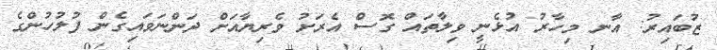
ޒުބައިރު: އާނ މިހާރު އުޅެނީ ވިލާތައް ގޮސް އެރަށު ވެރިޔާއަށް ދަންނަވައިގެން ފުލުހުންގެ